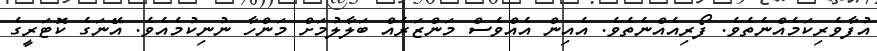
އުފާވެރިކަމެއްނެތެވެ. ފޯރިއެއްނެތެވެ. އެއިން އެއްވެސް މަންޒަރެއް ބަލާލުމަށް މަންހާ ނުނިކުމެއެވެ. އޭނަގެ ކޮޓަރީގެ